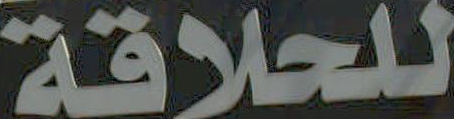
للحلاقة